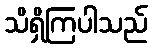
သိရှိကြပါသည်